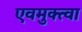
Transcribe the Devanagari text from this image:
एवमुक्त्वा